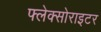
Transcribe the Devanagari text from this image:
फ्लेक्सोराइटर